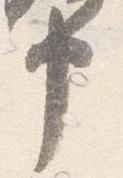
申